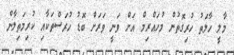
މާލީ ހާލަތު ހުރިގޮތުން މުހައްރިމް އަށް ވަނީ ވަރަށް ބޮޑު ހުރަސްތަކާާއި ކުރިމަތިލާން